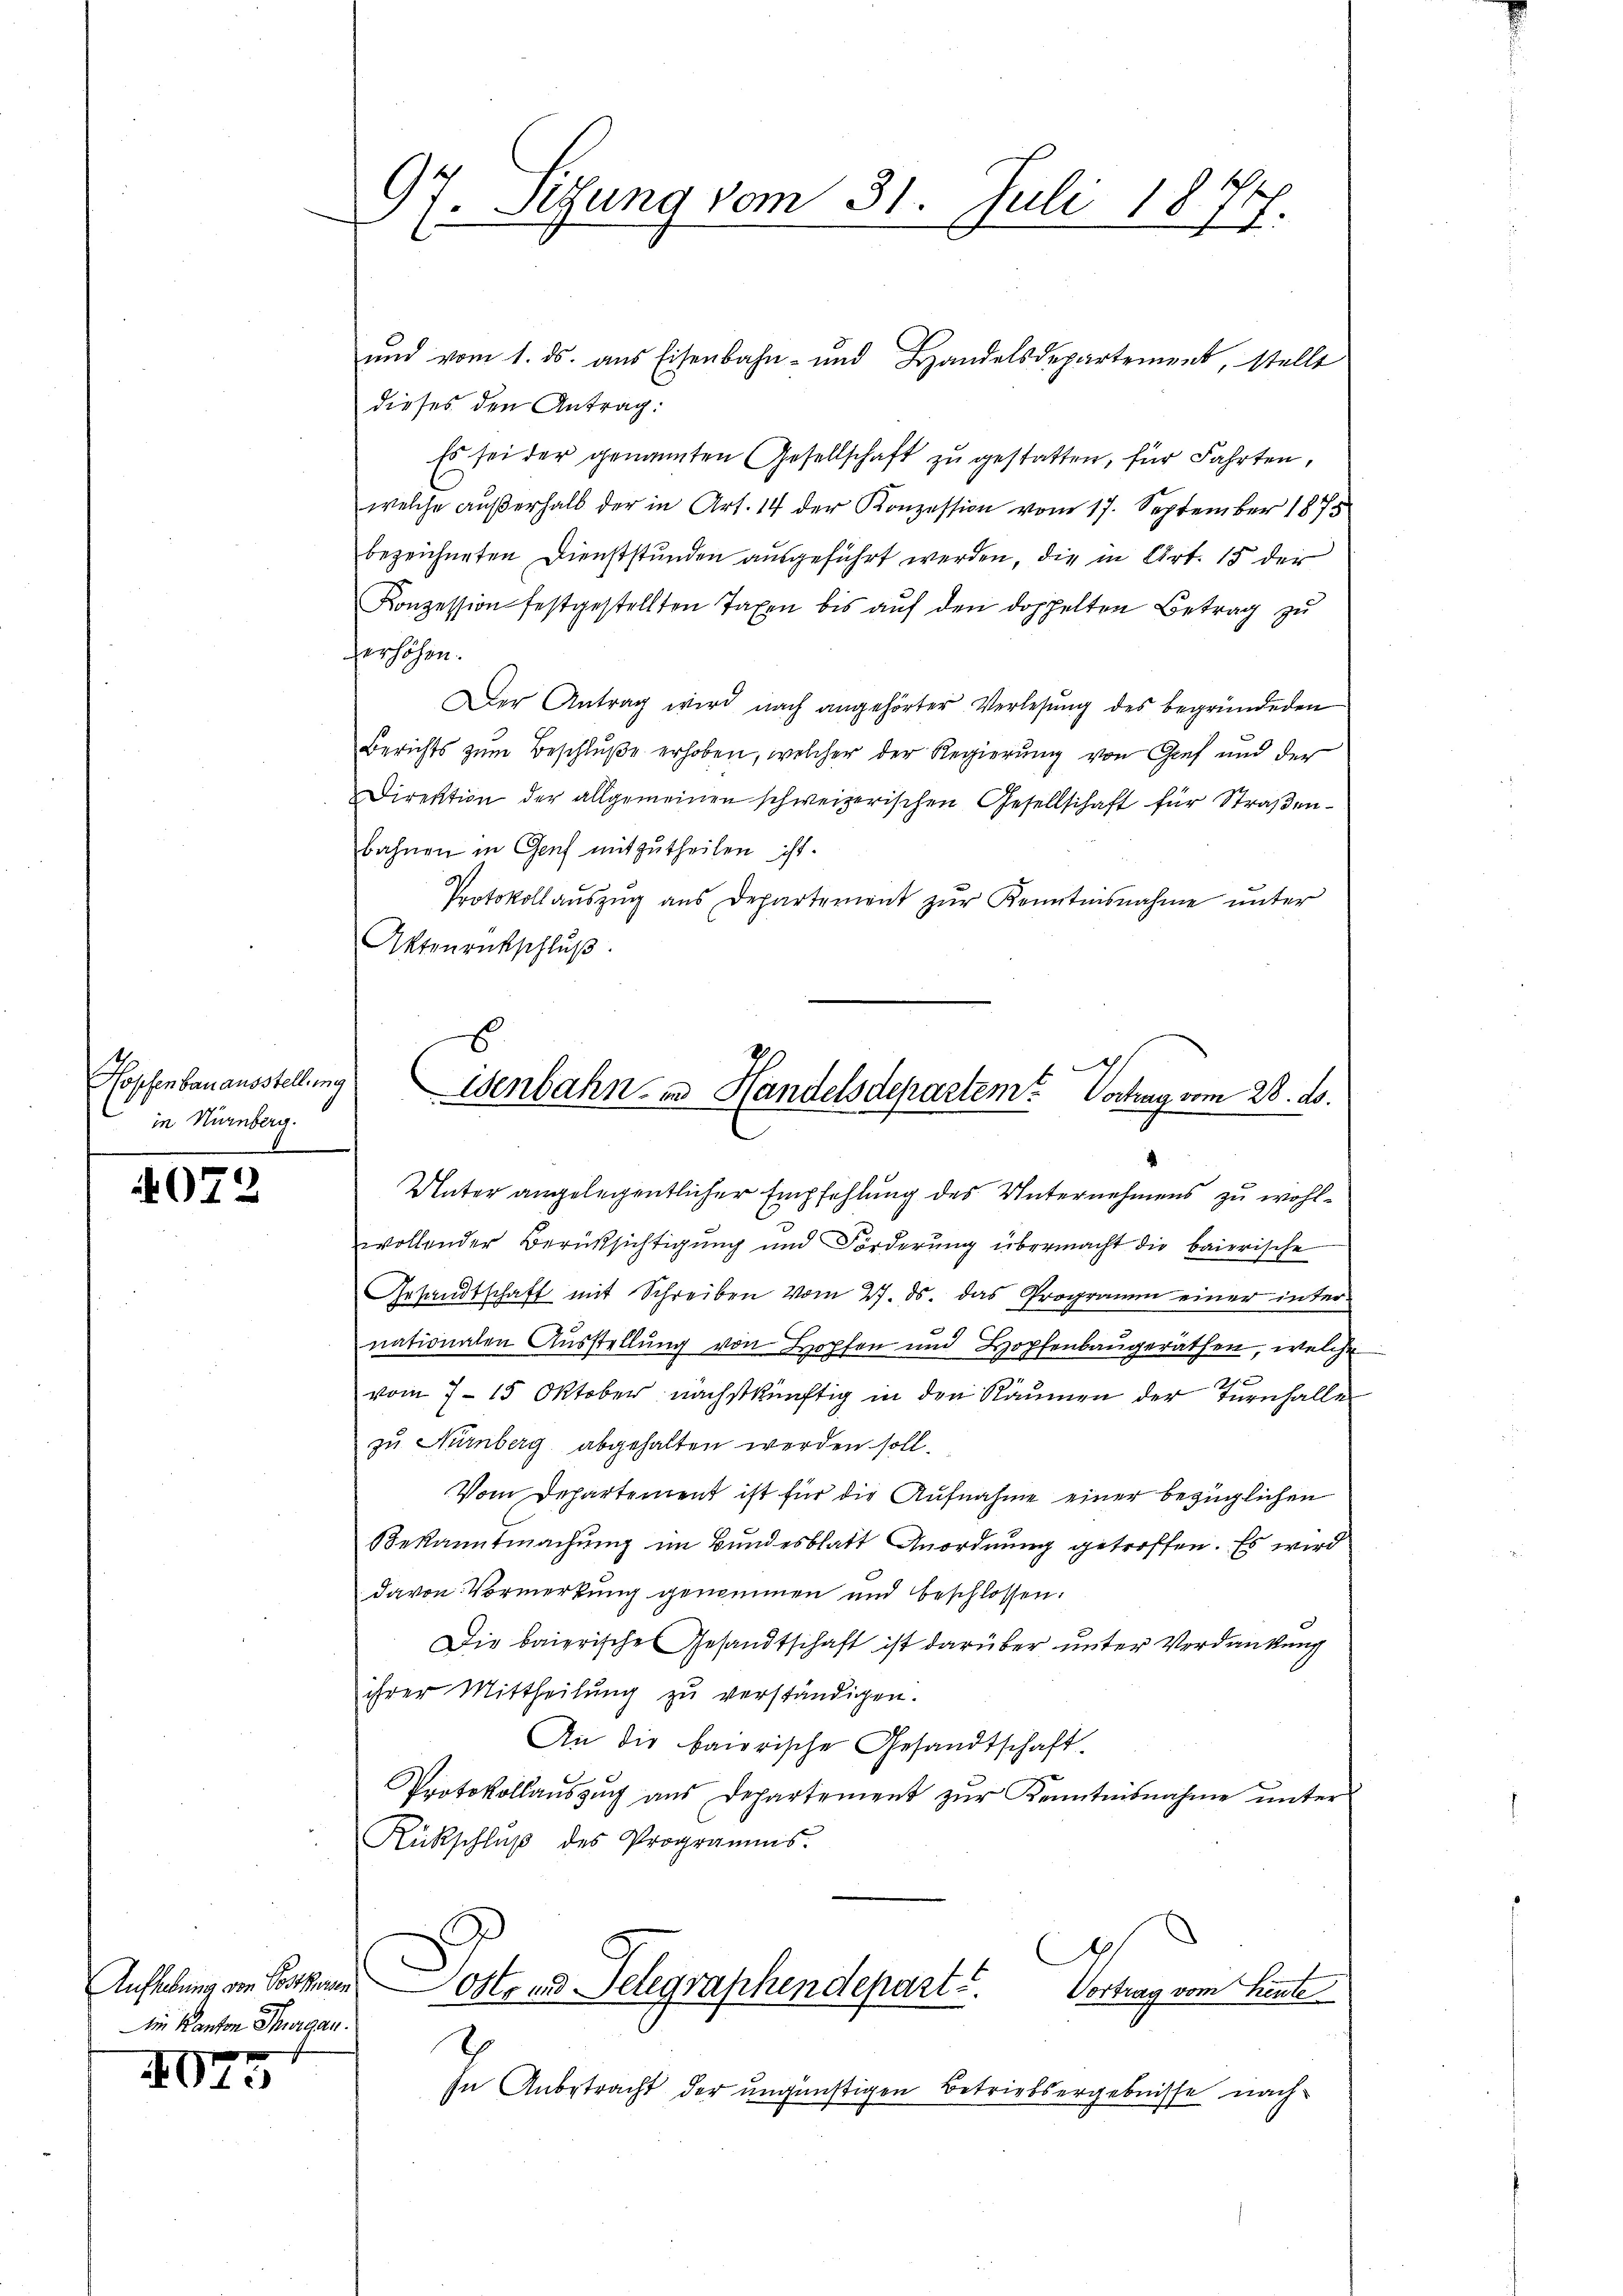
Hopfenbauausstellung
in Nürnberg.
—

4072

Ain Kanton Thurgau.

4075

97. Sitzung vom 31. Juli 1877.

und vom 1. ds. aus Eisenbahn- und Handelsdepartement, stelle
dieses den Antrag:
Es sei der genannten Gesellschaft zu gestatten, für Fahrten,
welche außerhalb der in Art. 14 der Konzession vom 17. September 1878
bezeichneten Dienststunden ausgeführt werden, die in Art. 15 der
Konzession festgestellten Taxen bis aŭf den doppelten Betrag zu
erhöhen.
Der Antrag wird nach angehörter Verlesung des begründeten
Berichts zŭm Beschluße erhoben, welcher der Regierŭng von Gief und der
Direktion der allgemeinen schweizerischen Gesellschaft für Straßenbahnen in Genf mitzutheilen ist.
Protokoll aŭszŭg ans Departement zŭr Kenntnisnahme unter
Aktenrückschluß
wollender Berüksichtigung und Förderŭng übermacht die baierische
Gesandtschaft mit Schreiben vom 27. ds. das Programm einer inter-
nationalen Ausstellung von Hopfen und Hopfenbaugeräthen, welche
vom 7. 15 Oktober nächstkünftig in den Räumen der Turnhalle
zu Nürnberg abgehalten werden soll.
Vom Departement ist für die Aufnahme einer bezüglichen
Bekanntmachung im Bundesblatt Anordnung getroffen. Es wird
davon Vormerkung genommen und beschlossen:
Die baierische Gesandtschaft ist darüber unter Verdankung
ihrer Mittheilung zu verständigen.
An die bairische Gesandtschaft.
Protokollaŭszŭg aŭs Departement zŭr Kenntnisnahme ŭnter
Rückschlŭβ des Programms.
Aufhebung von Posthanen Oster und Telegraphendepart u. Vortrag vom Hinte
h
In Anbetracht der ungünstigen Betriebsergebnisse nach

isenbahn in Handelsdepartem Vortrag vom 28. ds.
2
Unter angelegentlicher Empfehlung des Unternehmens zu wohl¬